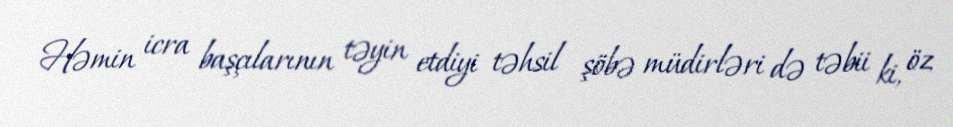
Həmin icra başçılarının təyin etdiyi təhsil şöbə müdirləri də təbii ki, öz